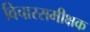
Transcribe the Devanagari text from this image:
विचारसमीक्षक